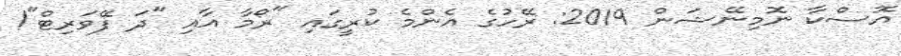
އޮސްކާ ނޮމިނޭޝަން 2019: ރޭހުގެ އެންމެ ކުރީގައި "ރޯމާ އާއި "ދަ ފޭވަރިޓް"!